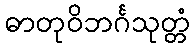
ဓာတုဝိဘင်္ဂသုတ္တံ